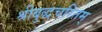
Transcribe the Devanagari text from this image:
श्रीबुद्धचरितम्